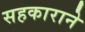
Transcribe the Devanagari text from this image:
सहकाराने